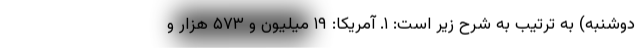
دوشنبه) به ترتیب به شرح زیر است: ۱. آمریکا: ۱۹ میلیون و ۵۷۳ هزار و